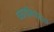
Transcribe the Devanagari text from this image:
चढाईबाहद्दर